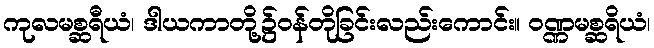
ကုလမစ္ဆရီယံ၊ ဒါယကာတို့၌ဝန်တိုခြင်းလည်းကောင်း။ ဝဏ္ဏမစ္ဆရိယံ၊